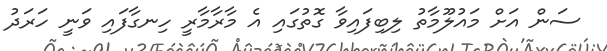
ސަން އަށް މައުލޫމާތު ލިބިފައިވާ ގޮތުގައި އެ މާރާމާރީ ހިނގާފައި ވަނީ ހަރަދު